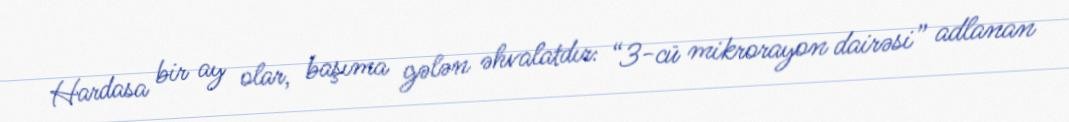
Hardasa bir ay olar, başıma gələn əhvalatdır: “3-cü mikrorayon dairəsi” adlanan